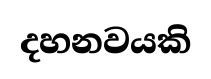
දහනවයකි